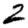
Digit: 2